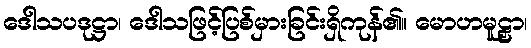
ဒေါသပဒုဋ္ဌာ၊ ဒေါသဖြင့်ပြစ်မှားခြင်းရှိကုန်၏။ မောဟမူဠှာ၊